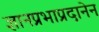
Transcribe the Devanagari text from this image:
ज्ञानप्रभाप्रदानेन